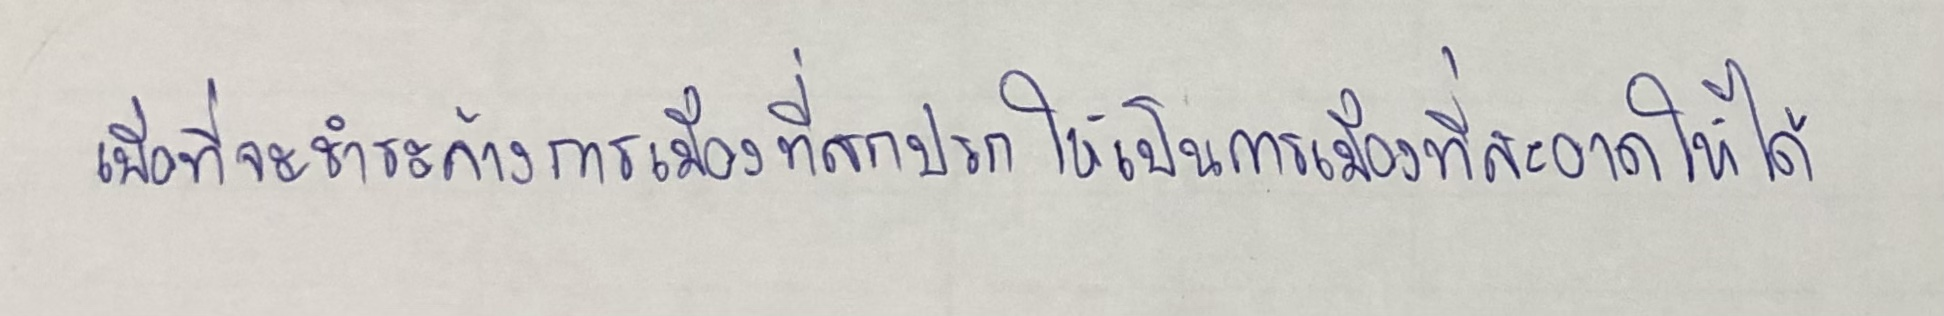
เพื่อที่จะชำระล้างการเมืองที่สกปรกให้เป็นการเมืองที่สะอาดให้ได้